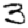
Digit: 3